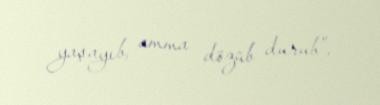
yaşayıb, amma dözüb durub”.